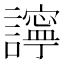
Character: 𧭈